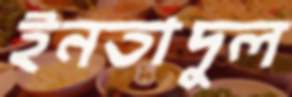
ইনতাদুল